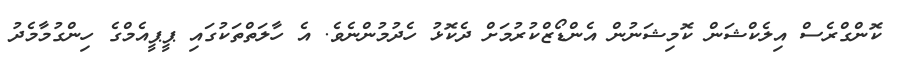
ކޮންގްރެސް އިލެކްޝަން ކޮމިޝަނުން އެންޑޯޒްކުރުމަށް ދެކޮޅު ހެދުމުންނެވެ. އެ ހާލަތްތަކުގައި ޕީޕީއެމްގެ ހިންގުމާމެދު